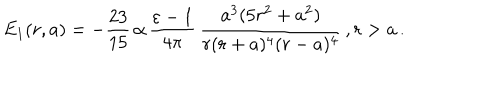
LaTeX: E _ { 1 } ( r , a ) = - \frac { 2 3 } { 1 5 } \, \alpha \, \frac { \varepsilon - 1 } { 4 \pi } \, \frac { a ^ { 3 } ( 5 r ^ { 2 } + a ^ { 2 } ) } { r ( r + a ) ^ { 4 } ( r - a ) ^ { 4 } } \, , r > a \, .